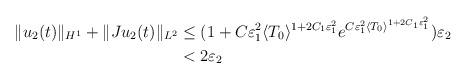
LaTeX: \begin{align*}\begin{aligned}\|u_2 (t)\|_{H^1} + \|Ju_2(t)\|_{L^2} &\le (1+C\varepsilon^2_1 \langle T_0 \rangle^{1+2C_1 \varepsilon_1^2}e^{C\varepsilon^2_1 \langle T_0 \rangle^{1+2C_1 \varepsilon_1^2}}) \varepsilon_2\\ &<2\varepsilon_2\end{aligned}\end{align*}